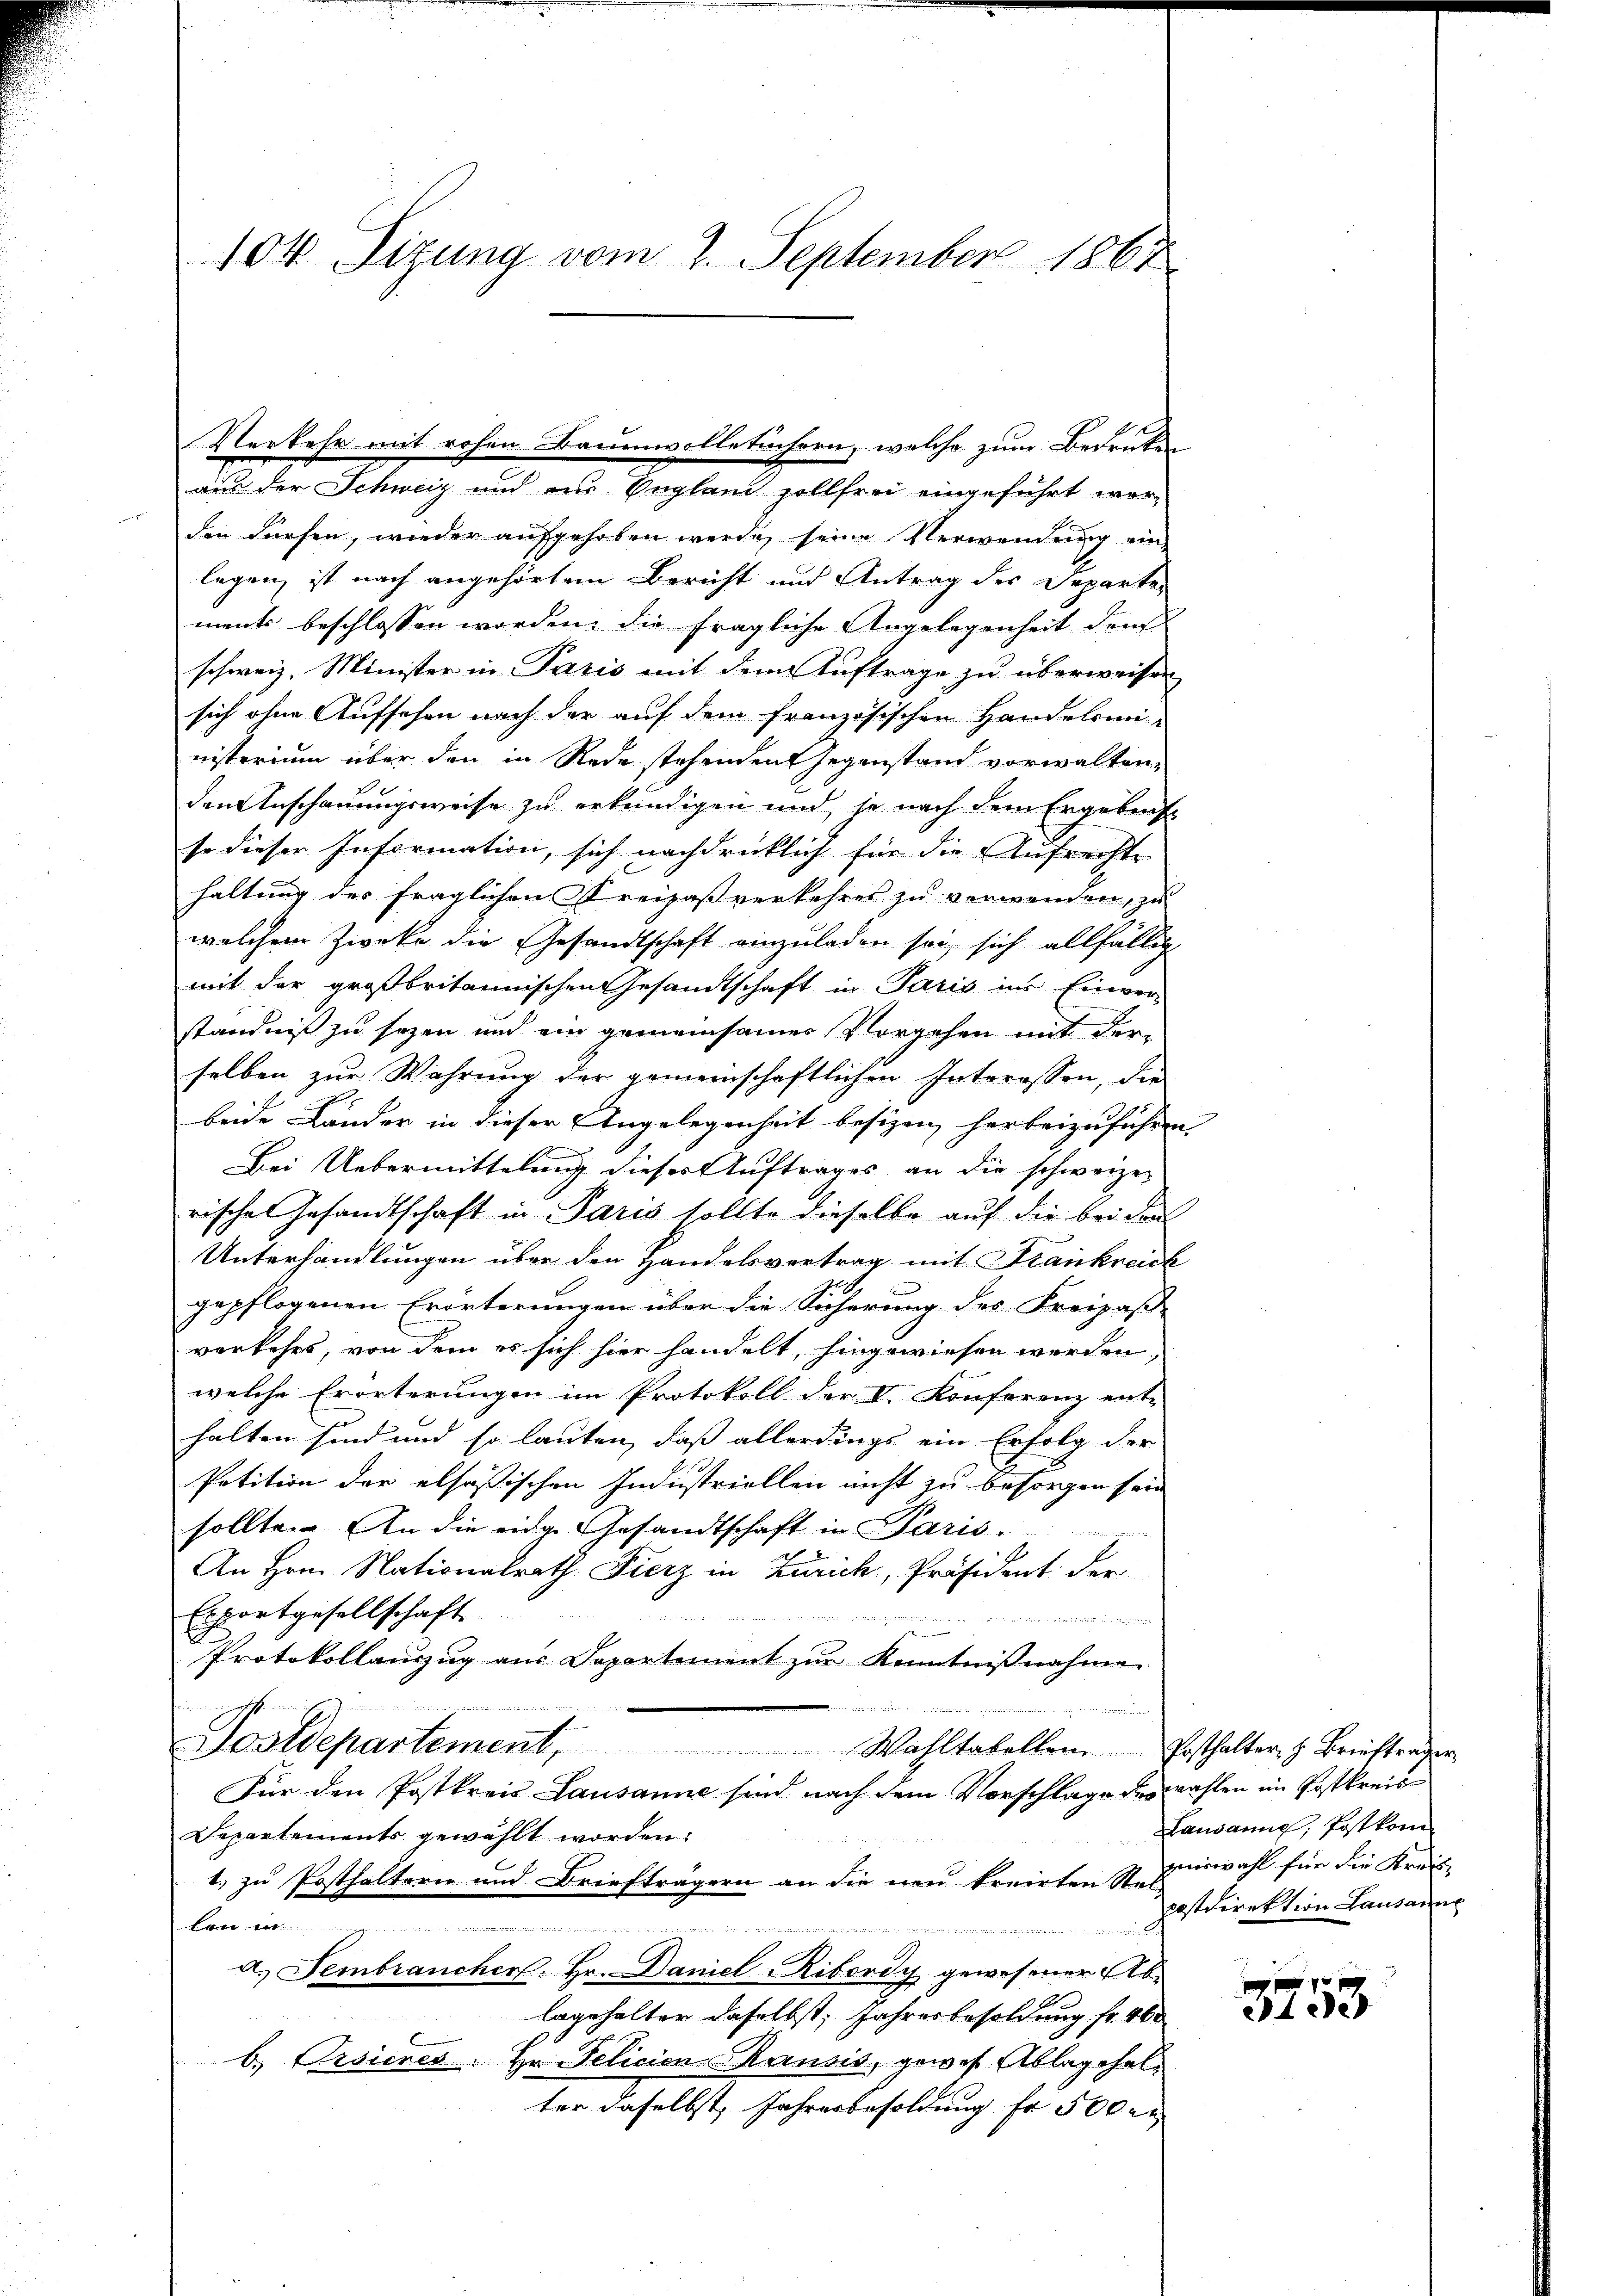
104 Sizung vom 2. September 1867

den dürfen, wieder aufgehoben werde, seine Verwendung ein
legen, ist nach angehörtem Bericht und Antrag des Departe-
ment beschlossen worden, die fragliche Angelegenheit den
schweiz. Minister in Paris mit dem Auftrage zu überweisen
sich ohne Aufsehen nach der auf dem französischen Handelsmi-
nisterium über den in Rede stehenden Gegenstand vorwalten,
den Anschauungsweise zu erkundigen und, je nach dem Ergebens
so dieser Information, sich nachdrücklich für die Aufrechte
haltung des fraglichen Streisaß verkehres zu verwenden, zu
welchem Zwecke die Gesandtschaft einzuladen sei, sich allfällig
mit der großbritannischen Gesandtschaft in Paris ins Einver-
ständniß zu sezen und ein gemeinsames Vorgehen mit der-
selben zur Wahrung der gemeinschaftlichen Interessen, die
beide Länder in dieser Angelegenheit besizen herbeizuführen.
R
Bei Uebermittelung dieses Auftrages an die schweizer
rische Gesandtschaft in Paris sollte dieselbe auf die bei den
Unterhandlungen über den Handelsvortrag mit Frankreich
gepflogenen Erörterungen über die Sicherung des Freipasse
vorkehrs, von dem es sich hier handelt, hingewiesen werden,
welche Erörterungen im Protokoll der C. Konferenz ent-
halten sind und so lauten, daß allerdings ein Erfolg der
Petition der elsassischen Industriellen nicht zu besorgen sein
sollte. An die eidge Gesandtschaft in Paris
An Hrn. Nationalrath Fierz in Zürich, Präsident der

Exportgesellschaft

Protokollauszug aus Departement zur Kenntnißnahme

m
Postdepartement. Wohltabellen. Ersthalter, z. Brieftrager
Für den Postkreis Lausanne sind nach dem Vorschlage des Wahlen im Postkreis
Departements gewählt worden.
1. zu Posthaltern und Briefträgern an die neu kreirten J. zuwahl für die Kreis-

rfnisse in du die
a.) Fembrancher. Hr. Daniel-Ribordy gewesener Ablagehalter daselbst, Jahresbesoldung fr. 460
b.) Ersienes. Hr. Pelicien-Ransis, gewes Ablagchelter daselbst, Jahresbesoldung fr 500 r

Verkehr mit rohen Baumwolletüchern, welche zum Bedrüken
aus der Schweiz und an England sollfrei eingeführt wer-

Lausanne, Postkom
Postdirektion Lausanne

e
3153